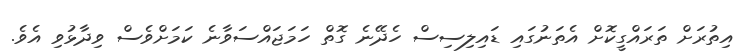
އިތުރަށް ތަރައްގީކޮށް އެތަނުގައި ޑައިލިސިސް ހެދޭނެ ގޮތް ހަަމަޖައްސަވާނެ ކަމަށްވެސް ވިދާޅުވި އެވެ.